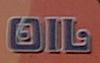
oil